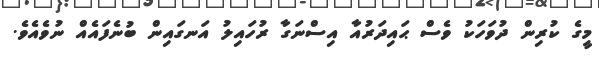
މީގެ ކުރިން ދުވަހަކު ވެސް ޙައިދަރުއާ އިސްނަގާ ރުހައިލު އަނގައިން ބުނެފައެއް ނުވެއެވެ.